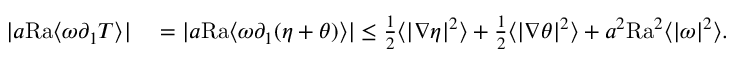
\begin{array} { r l } { | a \mathrm { { R a } } \langle \omega \partial _ { 1 } T \rangle | } & { { } = | a \mathrm { { R a } } \langle \omega \partial _ { 1 } ( \eta + \theta ) \rangle | \leq \frac { 1 } { 2 } \langle | \nabla \eta | ^ { 2 } \rangle + \frac { 1 } { 2 } \langle | \nabla \theta | ^ { 2 } \rangle + a ^ { 2 } \mathrm { { R a } } ^ { 2 } \langle | \omega | ^ { 2 } \rangle . } \end{array}